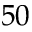
5 0